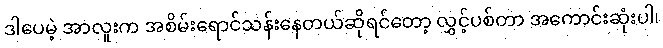
ဒါပေမဲ့ အာလူးက အစိမ်းရောင်သန်းနေတယ်ဆိုရင်တော့ လွှင့်ပစ်တာ အကောင်းဆုံးပါ၊